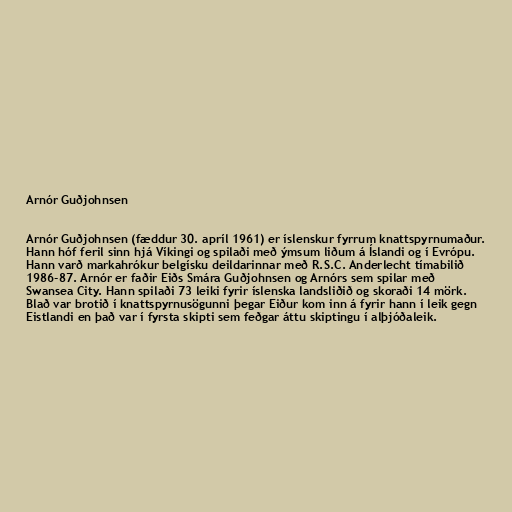
Arnór Guðjohnsen

Arnór Guðjohnsen (fæddur 30. apríl 1961) er íslenskur fyrrum knattspyrnumaður.
Hann hóf feril sinn hjá Víkingi og spilaði með ýmsum liðum á Íslandi og í Evrópu.
Hann varð markahrókur belgísku deildarinnar með R.S.C. Anderlecht tímabilið
1986-87. Arnór er faðir Eiðs Smára Guðjohnsen og Arnórs sem spilar með
Swansea City. Hann spilaði 73 leiki fyrir íslenska landsliðið og skoraði 14 mörk.
Blað var brotið í knattspyrnusögunni þegar Eiður kom inn á fyrir hann í leik gegn
Eistlandi en það var í fyrsta skipti sem feðgar áttu skiptingu í alþjóðaleik.